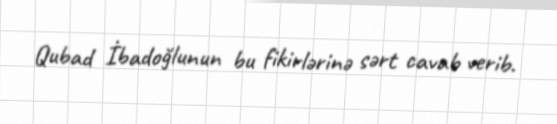
Qubad İbadoğlunun bu fikirlərinə sərt cavab verib.